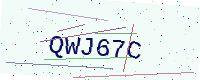
Text: QWJ67C